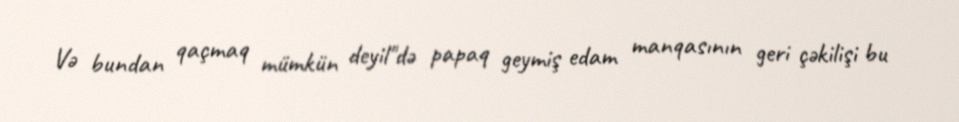
Və bundan qaçmaq mümkün deyil"də papaq geymiş edam manqasının geri çəkilişi bu